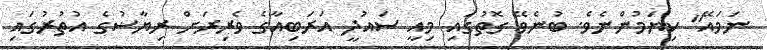
ނަމައޭ" ކިޔަމުންނެވެ. ބުނެވޭ ގޮތުގައި މިއީ ސައުދީ އަރަބިއާގެ ވެރިރަށް ރިޔާޟުގެ އުތުރުގައި